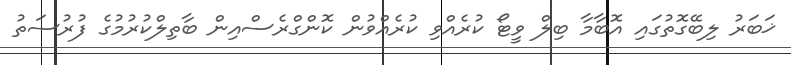
ޚަބަރު ލިބޭގޮތުގައި އޮބާމާ ބިލް ވީޓޯ ކުރެއްވި ކުރެއްވުން ކޮންގްރެސްއިން ބާތިލްކުރުމުގެ ފުރުސަތު